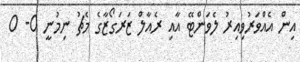
އިން އެއްވަރުވިއިރު ލެވަންޓޭ އާއި ރެއާލް ޒަރަގޯޒާގެ މެޗު ނިމުނީ 0- 0